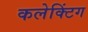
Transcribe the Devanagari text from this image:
कलेक्टिंग